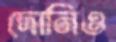
দোনিও